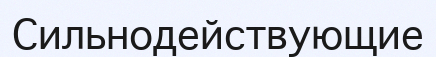
Сильнодействующие